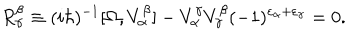
LaTeX: R _ { \alpha } ^ { \beta } \equiv ( i \hbar ) ^ { - 1 } [ \Omega , V _ { \alpha } ^ { \beta } ] - V _ { \alpha } ^ { \gamma } V _ { \gamma } ^ { \beta } ( - 1 ) ^ { \varepsilon _ { \alpha } + \varepsilon _ { \gamma } } = 0 .